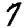
Digit: 7